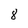
Character: 8